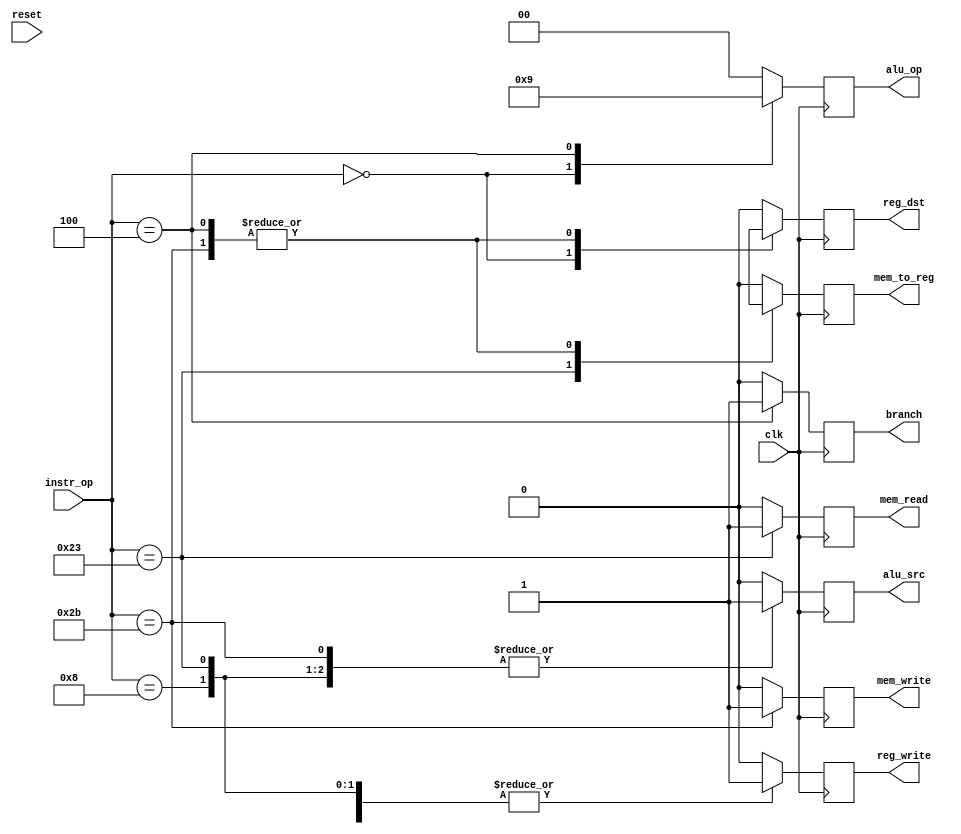
`timescale 1ns / 1ps
//////////////////////////////////////////////////////////////////////////////////
// Company:
// Engineer:
//
// Design Name:
// Module Name:	control_unit
// Project Name:
// Target Devices:
// Tool versions:
// Description:
//
// Dependencies:
//
// Revision:
// Revision 0.01 - File Created
// Additional Comments:
//
//////////////////////////////////////////////////////////////////////////////////
module control_unit  (
   	 clk,
   	 reset,
   	 instr_op,
   	 reg_dst,
   	 branch,
   	 mem_read,
   	 mem_to_reg,
   	 alu_op,
   	 mem_write,
   	 alu_src,
   	 reg_write
	);
    
//------Input ports-----
    input [5:0] instr_op;
    input clk;
    input reset;
//------Output ports-----
    output reg_dst;
    output branch;
    output mem_read;
    output mem_to_reg;
    output [1:0] alu_op;
    output mem_write;
    output alu_src;
    output reg_write;
//-----Input ports data type-----
    wire clk;
    wire reset;
    wire [5:0] instr_op;
//-----Output ports data type-----
    reg reg_dst;
    reg branch;
    reg mem_read;
    reg mem_to_reg;
    reg [1:0] alu_op;
    reg mem_write;
    reg alu_src;
    reg reg_write;
    
always @ (posedge clk)
begin: LAB03
    case (instr_op)
   	 6'b000000: //R-format
   		 begin
   			 reg_dst = 1'b1;
   			 alu_src = 1'b0;
   			 mem_to_reg = 1'b0;
   			 reg_write = 1'b1;
   			 mem_read = 1'b0;
   			 mem_write = 1'b0;
   			 branch = 1'b0;
   			 alu_op = 2'b10;
   		 end
   	 6'b100011: //lw
   		 begin
   			 reg_dst = 1'b0;
   			 alu_src = 1'b1;
   			 mem_to_reg = 1'b1;
   			 reg_write = 1'b1;
   			 mem_read = 1'b1;
   			 mem_write = 1'b0;
   			 branch = 1'b0;
   			 alu_op = 2'b00;
   		 end
   	 6'b101011: //sw
   		 begin
   			 reg_dst = 1'bx;
   			 alu_src = 1'b1;
   			 mem_to_reg = 1'bx;
   			 reg_write = 1'b0;
   			 mem_read = 1'b0;
   			 mem_write = 1'b1;
   			 branch = 1'b0;
   			 alu_op = 2'b00;
   		 end
   	 6'b000100: //beq
   		 begin
   			 reg_dst = 1'bx;
   			 alu_src = 1'b0;
   			 mem_to_reg = 1'bx;
   			 reg_write = 1'b0;
   			 mem_read = 1'b0;
   			 mem_write = 1'b0;
   			 branch = 1'b1;
   			 alu_op = 2'b01;
   		 end
   	 6'b001000: //imm
   		 begin
   			 reg_dst = 1'b0;
   			 alu_src = 1'b1;
   			 mem_to_reg = 1'b0;
   			 reg_write = 1'b1;
   			 mem_read = 1'b0;
   			 mem_write = 1'b0;
   			 branch = 1'b0;
   			 alu_op = 2'b00;
   		 end
   	 default: begin
   		 reg_dst = 1'b0;
   		 alu_src = 1'b0;
   		 mem_to_reg = 1'b0;
   		 reg_write = 1'b0;
   		 mem_read = 1'b0;
   		 mem_write = 1'b0;
   		 branch = 1'b0;
   		 alu_op = 2'b00;
   	 end
    endcase
end
    
endmodule